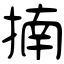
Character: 揇